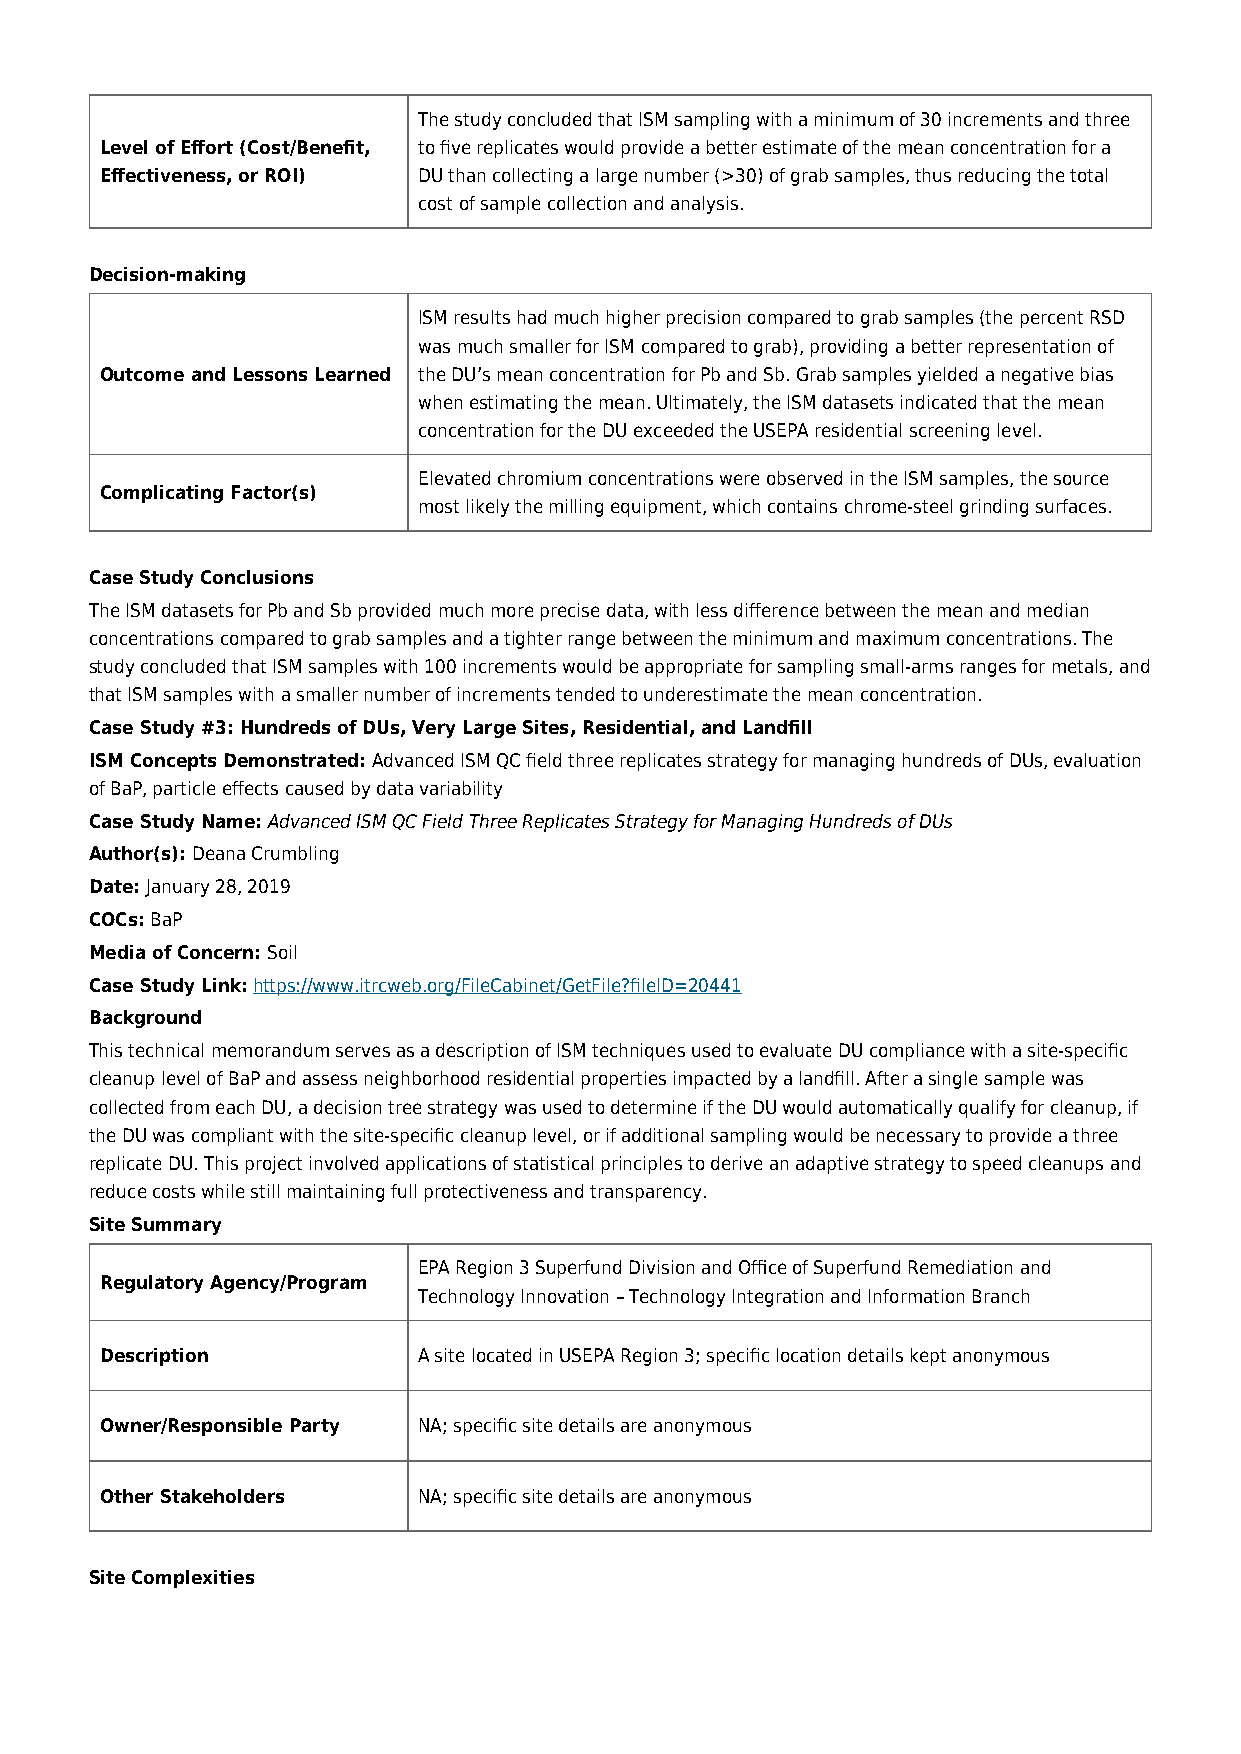
The study concluded that ISM sampling with a minimum of 30 increments and three
 Level of Effort (Cost/Benefit, to five replicates would provide a better estimate of the mean concentration for a
 Effectiveness, or ROI) DU than collecting a large number (>30) of grab samples, thus reducing the total
 cost of sample collection and analysis.
 Decision-making
 ISM results had much higher precision compared to grab samples (the percent RSD
 was much smaller for ISM compared to grab), providing a better representation of
 Outcome and Lessons Learned the DU’s mean concentration for Pb and Sb. Grab samples yielded a negative bias
 when estimating the mean. Ultimately, the ISM datasets indicated that the mean
 concentration for the DU exceeded the USEPA residential screening level.
 Elevated chromium concentrations were observed in the ISM samples, the source
 Complicating Factor(s)
 most likely the milling equipment, which contains chrome-steel grinding surfaces.
 Case Study Conclusions
 The ISM datasets for Pb and Sb provided much more precise data, with less difference between the mean and median
 concentrations compared to grab samples and a tighter range between the minimum and maximum concentrations. The
 study concluded that ISM samples with 100 increments would be appropriate for sampling small-arms ranges for metals, and
 that ISM samples with a smaller number of increments tended to underestimate the mean concentration.
 Case Study #3: Hundreds of DUs, Very Large Sites, Residential, and Landfill
 ISM Concepts Demonstrated: Advanced ISM QC field three replicates strategy for managing hundreds of DUs, evaluation
 of BaP, particle effects caused by data variability
 Case Study Name: Advanced ISM QC Field Three Replicates Strategy for Managing Hundreds of DUs
 Author(s): Deana Crumbling
 Date: January 28, 2019
 COCs: BaP
 Media of Concern: Soil
 Case Study Link: https://www.itrcweb.org/FileCabinet/GetFile?fileID=20441
 Background
 This technical memorandum serves as a description of ISM techniques used to evaluate DU compliance with a site-specific
 cleanup level of BaP and assess neighborhood residential properties impacted by a landfill. After a single sample was
 collected from each DU, a decision tree strategy was used to determine if the DU would automatically qualify for cleanup, if
 the DU was compliant with the site-specific cleanup level, or if additional sampling would be necessary to provide a three
 replicate DU. This project involved applications of statistical principles to derive an adaptive strategy to speed cleanups and
 reduce costs while still maintaining full protectiveness and transparency.
 Site Summary
 EPA Region 3 Superfund Division and Office of Superfund Remediation and
 Regulatory Agency/Program
 Technology Innovation – Technology Integration and Information Branch
 Description          A site located in USEPA Region 3; specific location details kept anonymous
 Owner/Responsible Party NA; specific site details are anonymous
 Other Stakeholders   NA; specific site details are anonymous
 Site Complexities